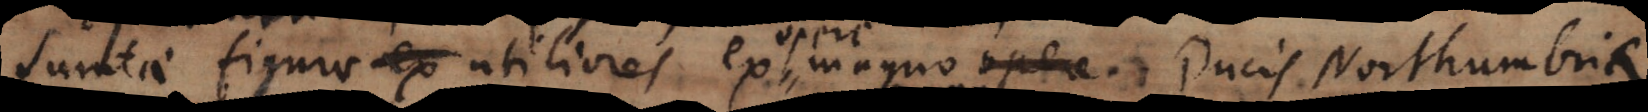
Sumtae figurae utiliores ex opere magno Ducis Northumbriae.